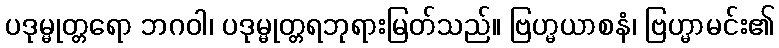
ပဒုမ္မုတ္တရော ဘဂဝါ၊ ပဒုမ္မုတ္တရဘုရားမြတ်သည်။ ဗြဟ္မယာစနံ၊ ဗြဟ္မာမင်း၏